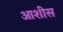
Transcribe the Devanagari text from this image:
आशीस